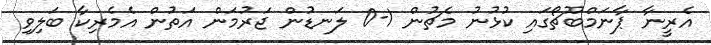
އެރީނާ ޕާނަމްބޫޗޯގައި ކުޅުނު މެޗުން 1-0 ލަނޑުން ޖަރުމަން އަތުން އެމެރިކާ ބަލިވި